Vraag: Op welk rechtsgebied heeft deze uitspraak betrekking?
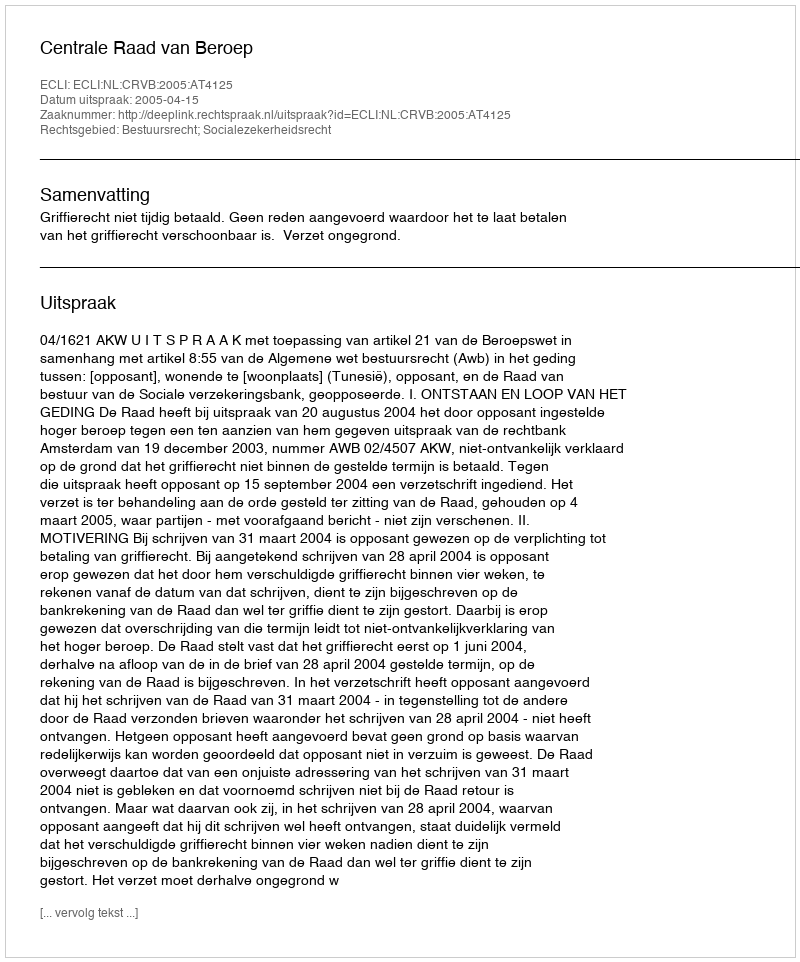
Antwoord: Bestuursrecht; Socialezekerheidsrecht